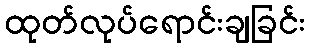
ထုတ်လုပ်ရောင်းချခြင်း